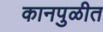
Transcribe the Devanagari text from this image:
कानपुळीत